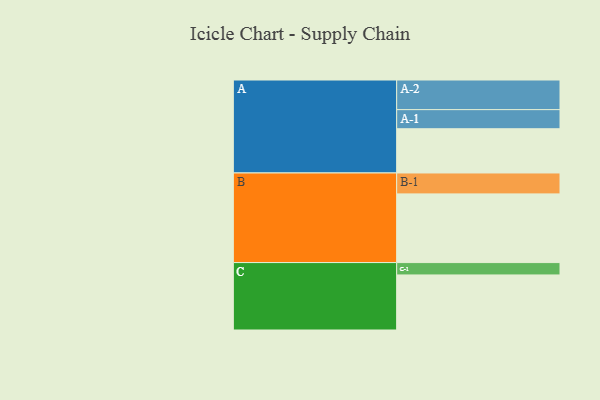
{"axis": {"x": "Segment", "y": "Value"}, "legend": ["", "A", "B", "C"], "data": [{"x": "A", "y": 315, "type": ""}, {"x": "B", "y": 489, "type": ""}, {"x": "C", "y": 392, "type": ""}, {"x": "A-1", "y": 136, "type": "A"}, {"x": "A-2", "y": 211, "type": "A"}, {"x": "B-1", "y": 149, "type": "B"}, {"x": "C-1", "y": 88, "type": "C"}]}